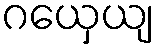
ဂယှေယျ